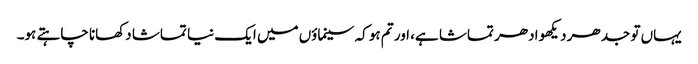
یہاں تو جدھر دیکھو ادھر تماشا ہے، اور تم ہو کہ سینماؤں میں ایک نیا تماشا دکھانا چاہتے ہو۔